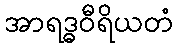
အာရဒ္ဓဝီရိယတံ